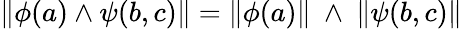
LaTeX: \| \phi(a)\land\psi(b,c)\| =\| \phi(a)\| \ \land\ \| \psi(b,c)\|